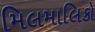
મિલમાલિકો